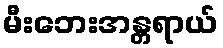
မီးဘေးအန္တရာယ်